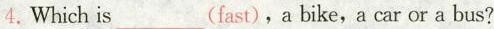
4.Which is___(fast),a bike,a car or a bus?